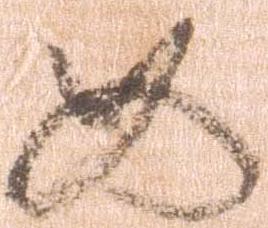
如